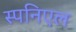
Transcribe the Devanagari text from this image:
स्पनिएल